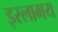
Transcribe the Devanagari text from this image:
इस्लामय